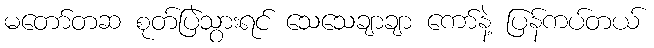
မတော်တဆ စုတ်ပြဲသွားရင် သေသေချာချာ ကော်နဲ့ ပြန်ကပ်တယ်